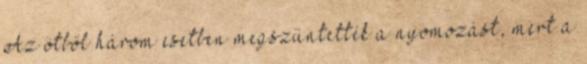
Az ötből három esetben megszüntették a nyomozást, mert a